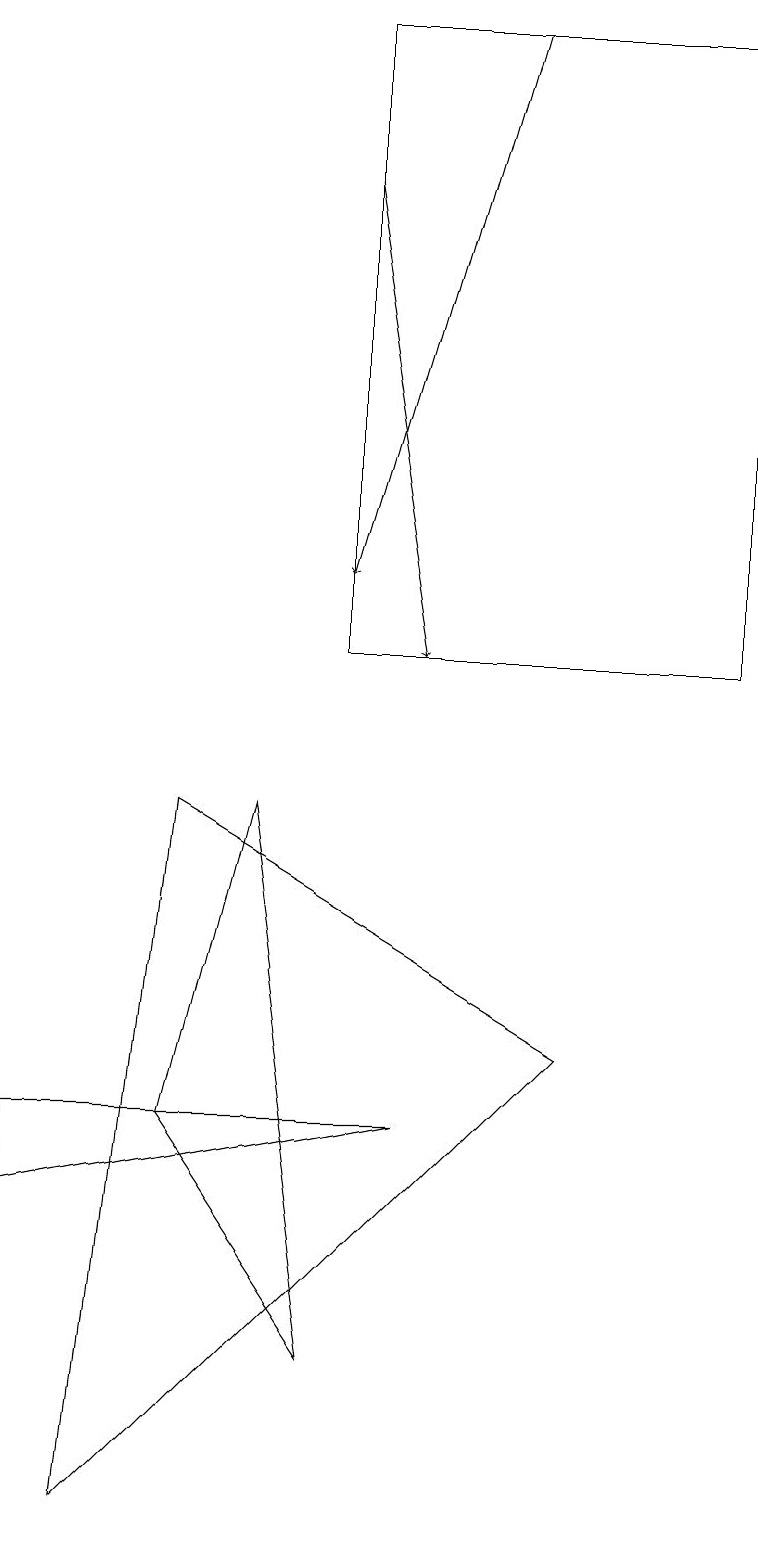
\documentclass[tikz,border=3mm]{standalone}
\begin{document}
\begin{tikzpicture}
\draw (2,5) -- (3,9) -- (4,2) -- cycle;
\draw (9,19) rectangle (4,11);
\draw (1,0) -- (2,9) -- (7,6) -- cycle;
\draw[->] (4,17) -- (5,11);
\draw[->] (6,19) -- (4,12);
\draw (0,4) -- (0,5) -- (5,5) -- cycle;
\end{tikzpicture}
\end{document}